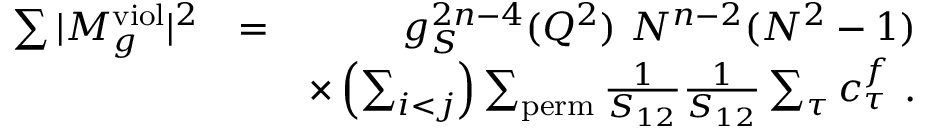
\begin{array} { r l r } { \sum \vert M _ { g } ^ { \mathrm { v i o l } } \vert ^ { 2 } } & { = } & { g _ { S } ^ { 2 n - 4 } ( Q ^ { 2 } ) ~ N ^ { n - 2 } ( N ^ { 2 } - 1 ) } \\ & { } & { \times \left( \sum _ { i < j } \right) \sum _ { \mathrm { p e r m } } \frac { 1 } { S _ { 1 2 } } \frac { 1 } { S _ { 1 2 } } \sum _ { \tau } c _ { \tau } ^ { f } ~ . } \end{array}